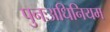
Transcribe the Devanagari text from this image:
पुनःअधिनियम